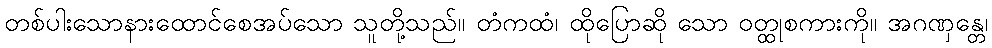
တစ်ပါးသောနားထောင်စေအပ်သော သူတို့သည်။ တံကထံ၊ ထိုပြောဆို သော ဝတ္ထုစကားကို။ အဂဏှန္တေ၊